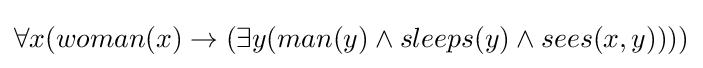
\forall x(woman(x)\rightarrow (\exists y(man(y)\wedge sleeps(y)\wedge sees(x,y))))